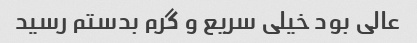
عالى بود خیلی سریع و گرم بدستم رسید